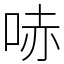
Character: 哧